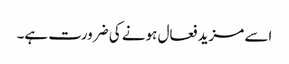
اسے مزید فعال ہونے کی ضرورت ہے۔